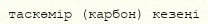
таскөмір (карбон) кезеңі